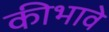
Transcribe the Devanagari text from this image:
कीभावे